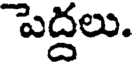
పెద్దలు.